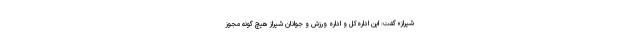
شیراز» گفت: این اداره‌کل و اداره ورزش و جوانان شیراز هیچ گونه مجوز